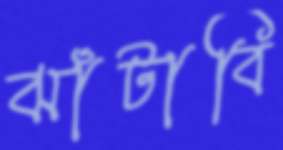
ঝাঁটাবি